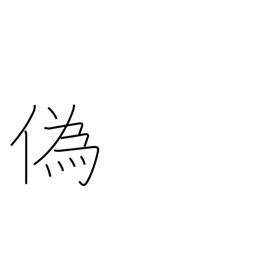
Meaning: lie